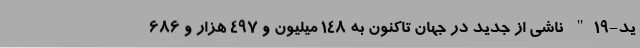
ید-۱۹" ناشی از جدید در جهان تاکنون به ۱۴۸ میلیون و ۴۹۷ هزار و ۶۸۶